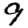
Digit: 9